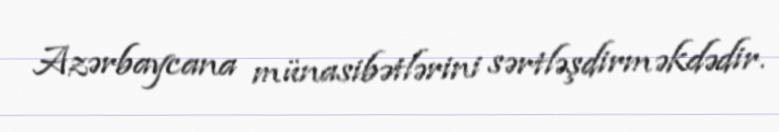
Azərbaycana münasibətlərini sərtləşdirməkdədir.